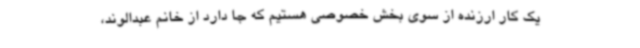
یک کار ارزنده از سوی بخش خصوصی هستیم که جا دارد از خانم عبدالوند،